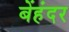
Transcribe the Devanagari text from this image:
बेंहंदर